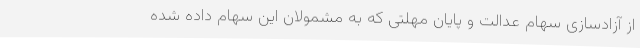
از آزادسازی سهام عدالت و پایان مهلتی که به مشمولان این سهام داده شده